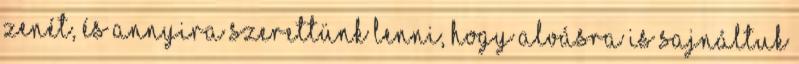
zenét, és annyira szerettünk lenni, hogy alvásra is sajnáltuk